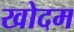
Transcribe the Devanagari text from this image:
खोदम